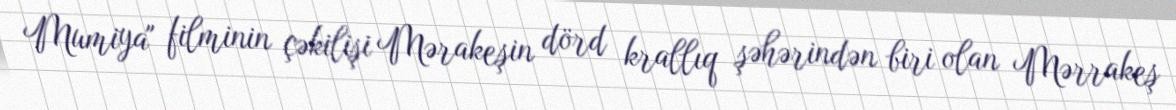
Mumiya" filminin çəkilişi Mərakeşin dörd krallıq şəhərindən biri olan Mərrakeş